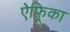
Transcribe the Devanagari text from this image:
ऐफ़्रिका